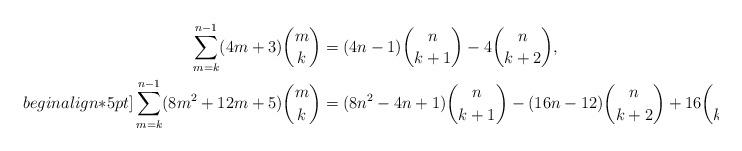
LaTeX: \begin{align*}\sum_{m=k}^{n-1}(4m+3){m\choose k}&=(4n-1){n\choose k+1}-4{n\choose k+2}, \\begin{align*}5pt]\sum_{m=k}^{n-1}(8m^2+12m+5){m\choose k}&=(8n^2-4n+1){n\choose k+1}-(16n-12){n\choose k+2}+16{n\choose k+3}.\end{align*}